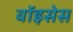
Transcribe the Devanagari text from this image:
वॉइसेस